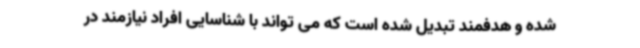
شده و هدفمند تبدیل شده است که می تواند با شناسایی افراد نیازمند در